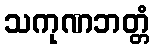
သကုဏဘတ္တံ